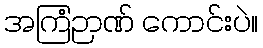
အကြံဉာဏ် ကောင်းပဲ။